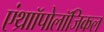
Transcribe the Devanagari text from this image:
एंथ्राॉपोलॉजिकल